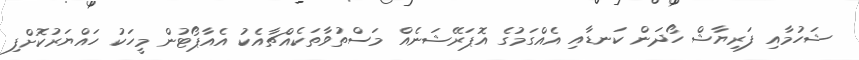
ޝަހުމާއި ފަރިޔާޝް ހޯދަން ކަނޑާއި އެއްގަމުގެ އޮޕަރޭޝަނެއް މަސްތުވާތަކެއްޗާއެކު އެއާޕޯޓުން މީހަކު ހައްޔަރުކޮށްފި